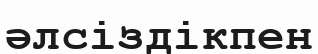
әлсіздікпен